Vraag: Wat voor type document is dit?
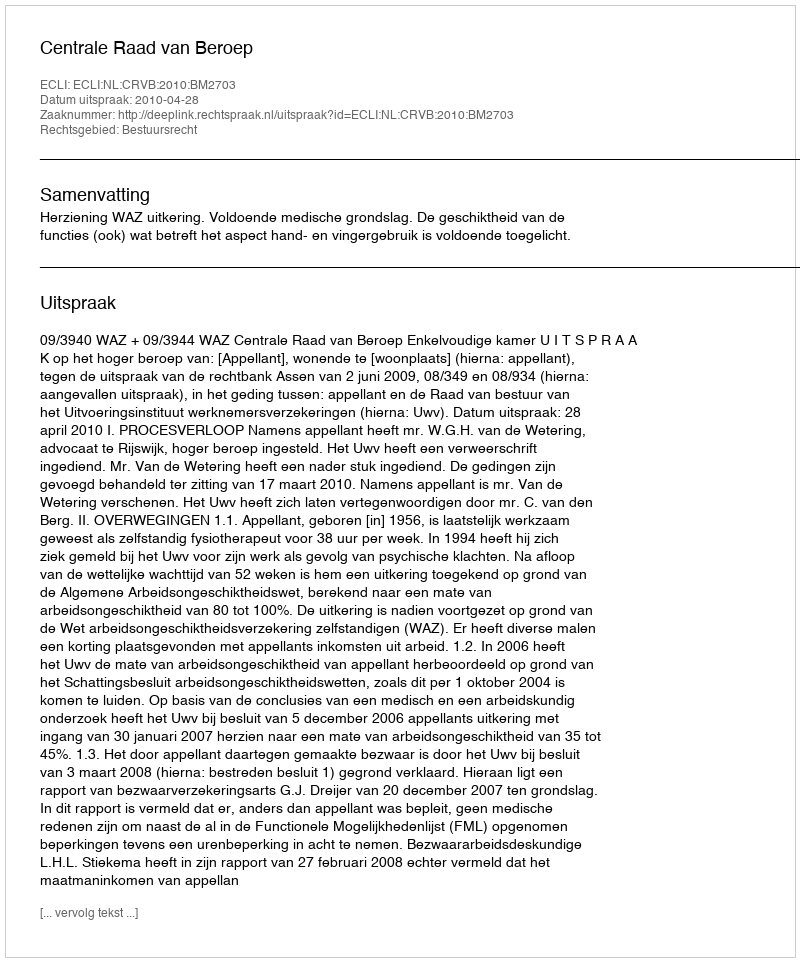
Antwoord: Uitspraak